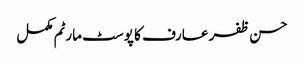
حسن ظفر عارف کا پوسٹ مارٹم مکمل